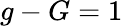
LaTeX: g-G=1